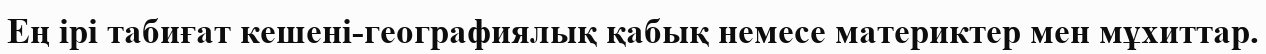
Ең ірі табиғат кешені-географиялық қабық немесе материктер мен мұхиттар.